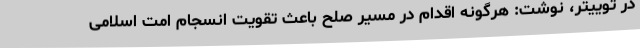
در توییتر، نوشت: هرگونه اقدام در مسیر صلح باعث تقویت انسجام امت اسلامی